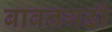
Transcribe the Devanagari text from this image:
बावनगढी